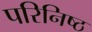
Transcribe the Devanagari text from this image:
परिनिष्ठ